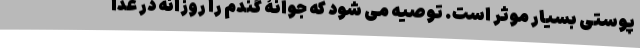
پوستی بسیار موثر است. توصیه می شود که جوانۀ گندم را روزانه در غذا